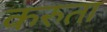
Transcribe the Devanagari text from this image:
करुता